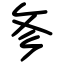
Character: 㣊